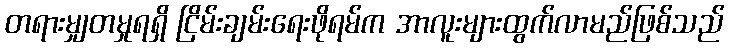
တရားမျှတမှုရရှိ ငြိမ်းချမ်းရေးဖိုရမ်က အာလူးများထွက်လာမည်ဖြစ်သည်